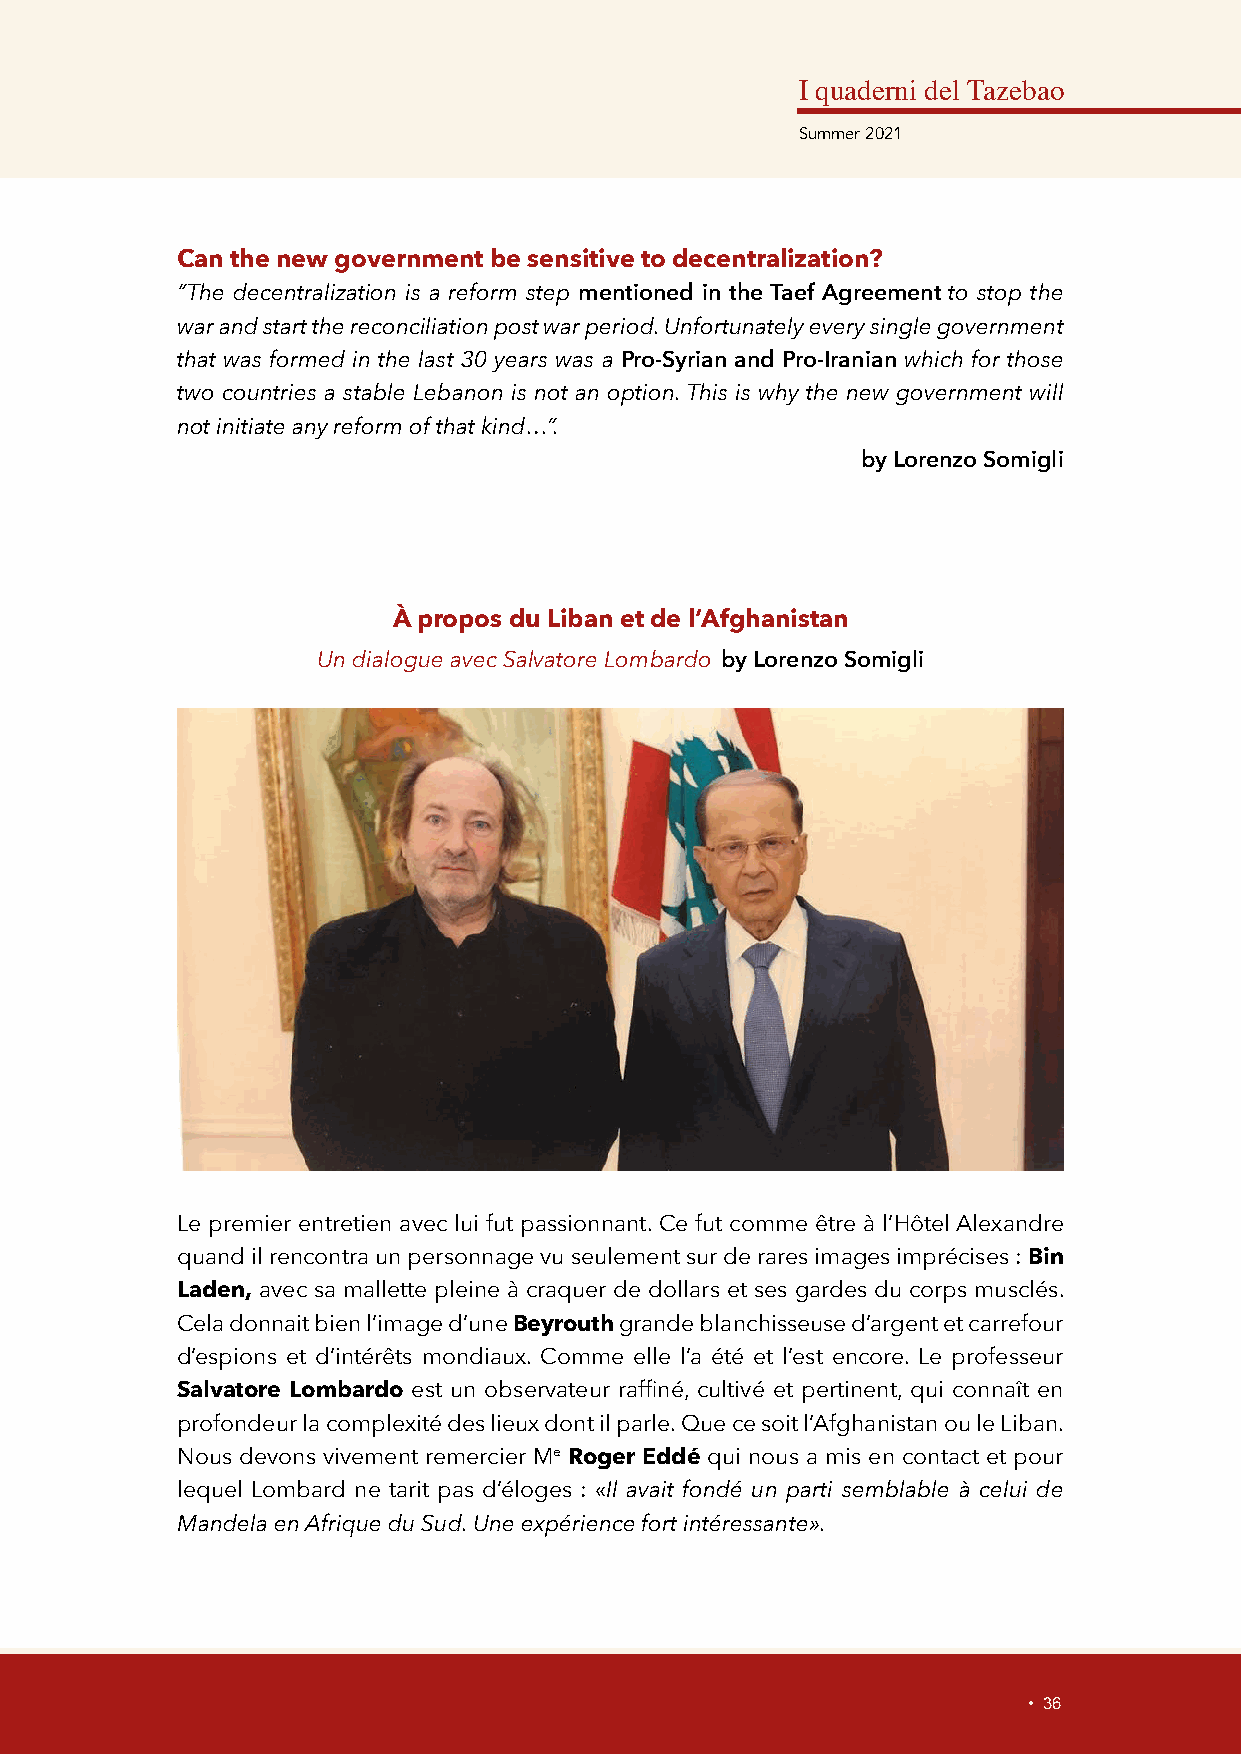
I quaderni del Tazebao
 Summer 2021
 Can the new government be sensitive to decentralization?
 “The decentralization is a reform step mentioned in the Taef Agreement to stop the
 war and start the reconciliation post war period. Unfortunately every single government
 that was formed in the last 30 years was a Pro-Syrian and Pro-Iranian which for those
 two countries a stable Lebanon is not an option. This is why the new government will
 not initiate any reform of that kind…”.
 by Lorenzo Somigli
 À propos du Liban et de l’Afghanistan
 Un dialogue avec Salvatore Lombardo by Lorenzo Somigli
 Le premier entretien avec lui fut passionnant. Ce fut comme être à l’Hôtel Alexandre
 quand il rencontra un personnage vu seulement sur de rares images imprécises : Bin
 Laden, avec sa mallette pleine à craquer de dollars et ses gardes du corps musclés.
 Cela donnait bien l’image d’une Beyrouth grande blanchisseuse d’argent et carrefour
 d’espions et d’intérêts mondiaux. Comme elle l’a été et l’est encore. Le professeur
 Salvatore Lombardo est un observateur raffiné, cultivé et pertinent, qui connaît en
 profondeur la complexité des lieux dont il parle. Que ce soit l’Afghanistan ou le Liban.
 Nous devons vivement remercier Me Roger Eddé qui nous a mis en contact et pour
 lequel Lombard ne tarit pas d’éloges : «Il avait fondé un parti semblable à celui de
 Mandela en Afrique du Sud. Une expérience fort intéressante».
 • 36